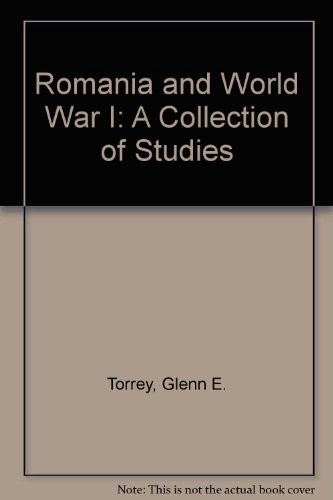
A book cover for Romania and World War I; Glenn Torrey; History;